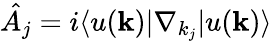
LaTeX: \hat{A_{j}}=i\langle u(\textbf{k})|\nabla_{k_{j}}|u(\textbf{k})\rangle